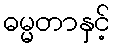
ဓမ္မတာနှင့်